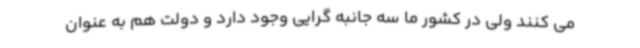
می کنند ولی در کشور ما سه جانبه گرایی وجود دارد و دولت هم به عنوان